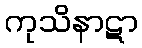
ကုသိနာဋာ